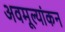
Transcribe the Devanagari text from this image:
अवमूल्यांकन